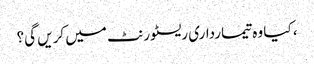
، کیا وہ تیمارداری ریسٹورنٹ میں کریں گی؟